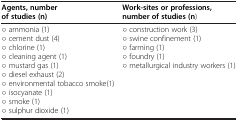
<table><thead><tr><td><b>Agents, number of studies (n)</b></td><td><b>Work-sites or professions, number of studies (n)</b></td></tr></thead><tbody><tr><td>○ ammonia (1)○ cement dust (4)○ chlorine (1)○ cleaning agent (1)○ mustard gas (1)○ diesel exhaust (2)○ environmental tobacco smoke(1)○ isocyanate (1)○ smoke (1)○ sulphur dioxide (1)</td><td>○ construction work (3)○ swine confinement (1)○ farming (1)○ foundry (1)○ metallurgical industry workers (1)</td></tr></tbody></table>